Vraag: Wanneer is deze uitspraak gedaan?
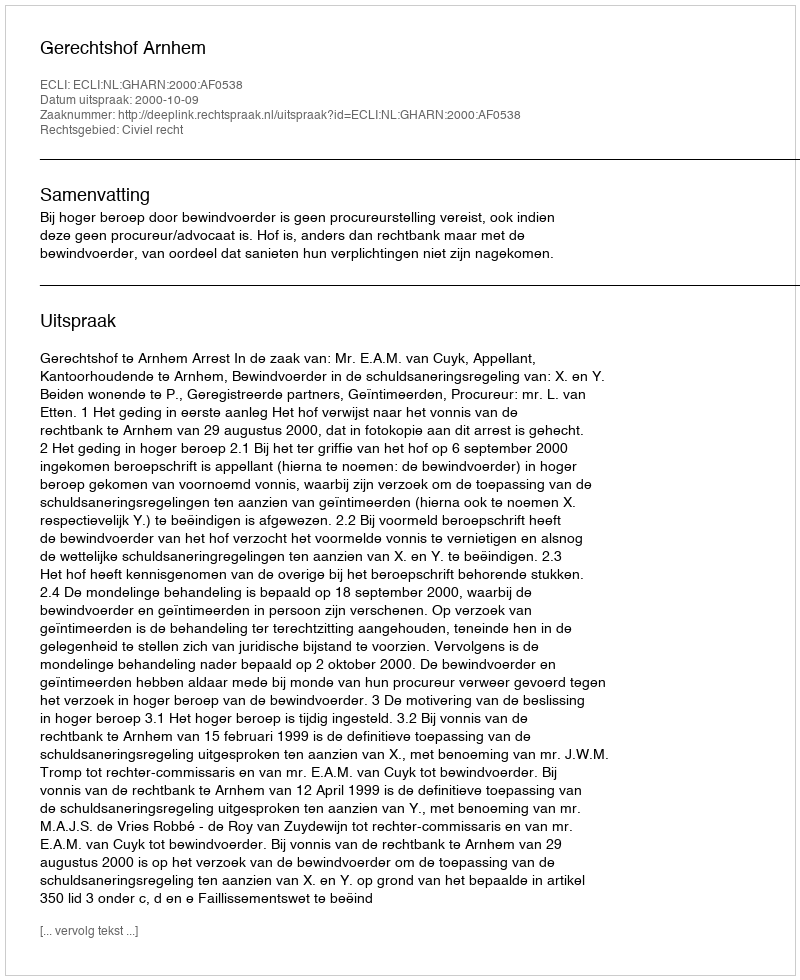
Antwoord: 2000-10-09